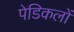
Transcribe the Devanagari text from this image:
पेडिकलों